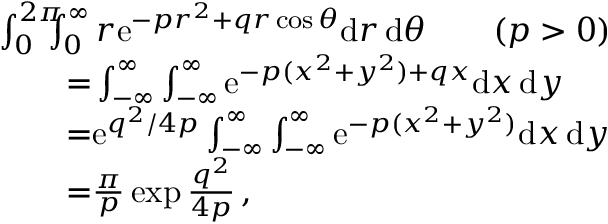
\begin{array} { r l } & { \int _ { 0 } ^ { 2 \pi } \! \! \! \! \int _ { 0 } ^ { \infty } r \mathrm { e } ^ { - p r ^ { 2 } + q r \cos \theta } \mathrm { d } r \, \mathrm { d } \theta \qquad \mathrm ( p > 0 ) } \\ & { \qquad \mathrm = \int _ { - \infty } ^ { \infty } \int _ { - \infty } ^ { \infty } \mathrm { e } ^ { - p ( x ^ { 2 } + y ^ { 2 } ) + q x } \mathrm { d } x \, \mathrm { d } y } \\ & { \qquad \mathrm = \mathrm { e } ^ { q ^ { 2 } / 4 p } \int _ { - \infty } ^ { \infty } \int _ { - \infty } ^ { \infty } \mathrm { e } ^ { - p ( x ^ { 2 } + y ^ { 2 } ) } \mathrm { d } x \, \mathrm { d } y } \\ & { \qquad \mathrm = \frac { \pi } { p } \exp { \frac { q ^ { 2 } } { 4 p } } \, , } \end{array}